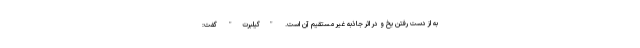
به از دست رفتن یخ و در اثر جاذبه غیر مستقیم آن است. "گیلبرت" گفت: